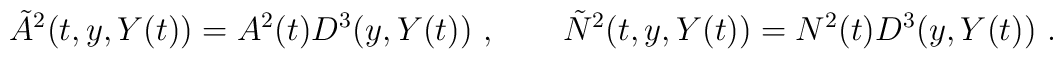
\tilde A^2(t,y, Y(t))=A^2(t)D^3(y, Y(t)) \ , \qquad \tilde N ^2(t,y,   Y(t))= N^2(t)D^3(y, Y(t)) \ .